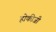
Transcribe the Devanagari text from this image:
होकीजी